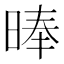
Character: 𣈖